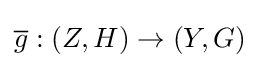
{\overline {g}}:(Z,H)\to (Y,G)